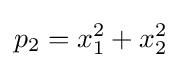
p_{2}=x_{1}^{2}+x_{2}^{2}